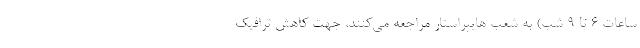
ساعات ۶ تا 9 شب) به شعب هایپراستار مراجعه می‌کنند، جهت کاهش ترافیک